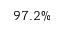
9 7 . 2 \%